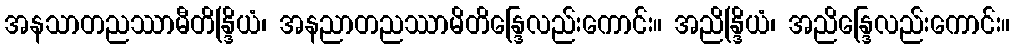
အနသာတညဿာမီတိန္ဒြိယံ၊ အနညာတညဿာမိတိန္ဒြေလည်းကောင်း။ အညိန္ဒြိယံ၊ အညိန္ဒြေလည်းကောင်း။